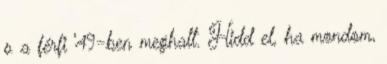
s a férfi ’49-ben meghalt. Hidd el, ha mondom,